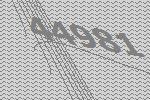
44981